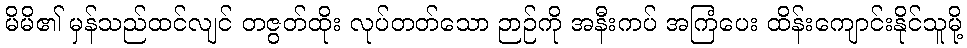
မိမိ၏ မှန်သည်ထင်လျင် တဇွတ်ထိုး လုပ်တတ်သော ဉာဉ်ကို အနီးကပ် အကြံပေး ထိန်းကျောင်းနိုင်သူမို့